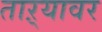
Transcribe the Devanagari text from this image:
ताऱ्यावर